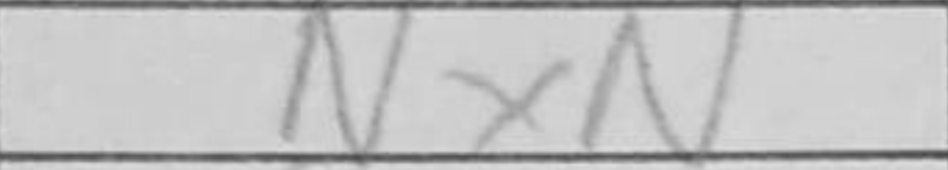
Transcription: Nxe5